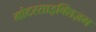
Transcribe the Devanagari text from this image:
मोटरसाइक्लिज़म